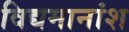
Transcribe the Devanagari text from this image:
विद्यमानांश